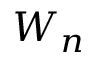
W _ { n }